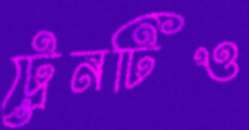
ট্রেনটিও